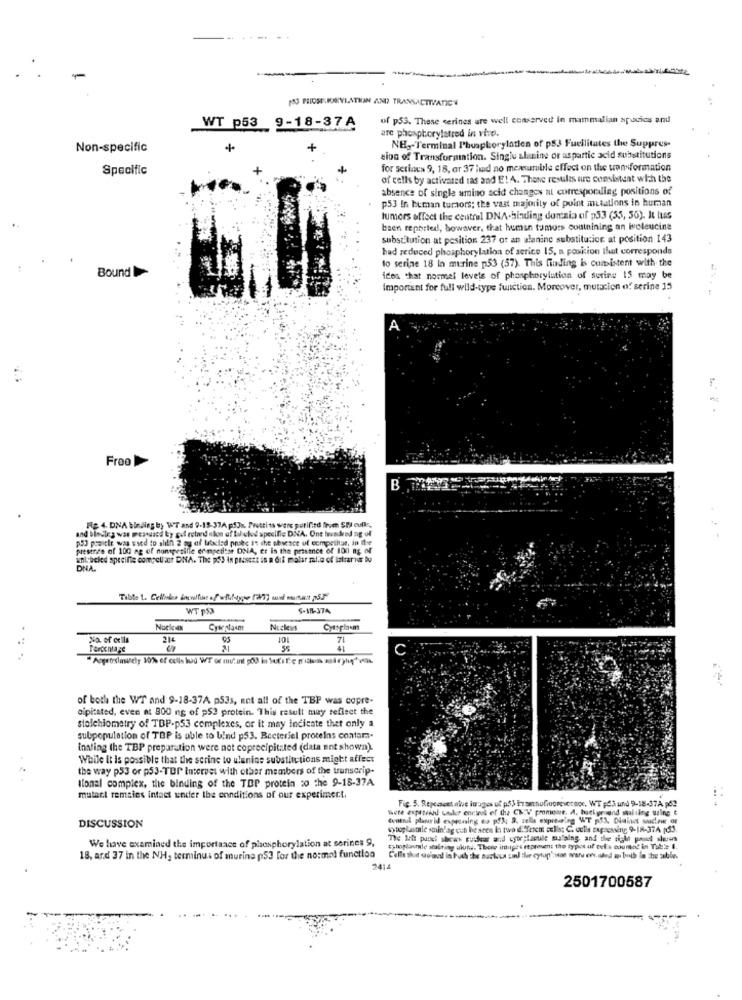
-
NU PILOSE.KAYLATHAN AND TRANSACTIVATION
of p53. These serines are well conserved in mammalian apucies and
WT p53
9-18-37A
ure phosphorylatred in vivo.
NH ,- Terminal Phosphorylation of pSJ Fucilitates the Suppres-
Non-specific
+
sion of Transformation. Singlu slunine or aspartic acid substitutions
Specific
for serinus 9, 18, ar 37 huid no mexsmile effect on the transformation
of cells by activated ras and E! A. These results que consistent with the
absence of single amino acid changes al corresponding positions of
p53 In human turaors; the vast majority of point mutations in human
tumors affect the central DNA-binding dumtzia of p53 (55, 56). It lus
been reported, however, that human tumors containing an isoleucine
substitution at position 237 or an alanine substitution at position 143
had reduced phosphorylation of serice 15, a position that corresponds
lo serine 18 in murine p53 (57). This finding is consistent with the
Bound
ices that normal levels of phosphorylution of suring 15 may be
important for full wild-type function. Moreover, mutation of serine 15
Froo
and blosteg was pesquacd by gel retard nion of backed specific DNA. One Wwwunded ag of
Fig 4. DNA binding by WT and 9-15-374 p53x. Frettiss wers purified from SPI culk,
p5] positie was used to alith 2 og of Matclad poshe is the absence of ecmpethus, in the
presence of 100 ag of nonepesiile competitor DNA, er in the prisince of 100 8% of
unlabeled specifie compell acr DNA. The p5) in presezt in n Gif matar pal.o of lalarıur Du
DNA.
WT PS3
S-18-374
Nuclesan
Nuckvs
No. of cells
21€
7
Percentage
41
of both the WT and 9-18-37A p53s, ant all of the TBP was copre-
sipitated, even at 800 ng of p53 protein. This result muy reflect the
stolchlometry of TBP-p53 complexes, or it may indicate thet only a
subpopulation of TOP is able to bind p53. Bacteriel proteins contam.
Insting the TBP preparation were not coprecipitated (data ant shown).
While it is possible that the serine to ulenine substitutions might affect
the way p53 or p53-TOP Internet with other members of the transcrip-
Itonal complex, the binding of the TOP protein so the 9-18-37A
mutant remsies intact under the ennditions of our experimer.t.
Fig. 5. Repeatcet alove images of p53 Ersanofiogrevetsoc, WT $$3 und 9-18-37A p62
Wete axpatiadd wuker encies of the C&W pmmene. A. huskgr und maliling uring E
DISCUSSION
sytoplistale soinfag cun be seen in two d."ferent colis: C. colls tapressing 9-18-374 p33.
We have examined the importance of phosphorylation at serines 9,
tytoplanchale stalting ukustu. Those intutpes seprosent tho typos of cel s counted in Tub'e I.
18, ard 37 in the NH, terminus of murine p53 for the no:mal function
2501700587